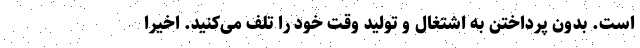
است. بدون پرداختن به اشتغال و تولید وقت خود را تلف می‌کنید. اخیراً